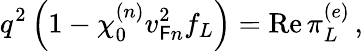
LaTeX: q^{2}\left(1-\chi_{0}^{(n)}v_{\mathsf{F}n}^{2}f_{L}\right)=\mathrm{{Re}}\, \pi_{L}^{(e)}\, ,